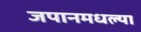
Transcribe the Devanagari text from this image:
जपानमधल्या